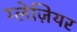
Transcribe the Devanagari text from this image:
ग्लेज़ियर